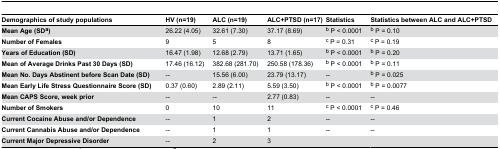
| Demographics of study populations | HV (n=19) | ALC (n=19) | ALC+PTSD (n=17) | Statistics | Statistics between ALC and ALC+PTSD |
 | --- | --- | --- | --- | --- | --- |
 | Mean Age (SDa) | 26.22 (4.05) | 32.61 (7.30) | 37.17 (8.69) | b P < 0.0001 | b P = 0.10 |
 | Number of Females | 9 | 5 | 8 | c P = 0.31 | c P = 0.19 |
 | Years of Education (SD) | 16.47 (1.98) | 12.68 (2.79) | 13.71 (1.65) | b P < 0.0001 | b P = 0.20 |
 | Mean of Average Drinks Past 30 Days (SD) | 17.46 (16.12) | 382.68 (281.70) | 250.58 (178.36) | b P < 0.0001 | b P = 0.11 |
 | Mean No. Days Abstinent before Scan Date (SD) | -- | 15.56 (6.00) | 23.79 (13.17) | -- | b P = 0.025 |
 | Mean Early Life Stress Questionnaire Score (SD) | 0.37 (0.60) | 2.89 (2.11) | 5.59 (3.50) | b P < 0.0001 | b P = 0.0077 |
 | Mean CAPS Score, week prior | -- | -- | 2.77 (0.83) | -- | -- |
 | Number of Smokers | 0 | 10 | 11 | c P < 0.0001 | c P = 0.46 |
 | Current Cocaine Abuse and/or Dependence | -- | 1 | 2 | -- | -- |
 | Current Cannabis Abuse and/or Dependence | -- | 1 | 1 | -- | -- |
 | Current Major Depressive Disorder | -- | 2 | 3 |  |  |